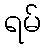
ရမ်